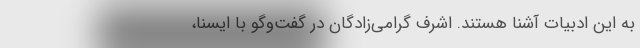
به این ادبیات آشنا هستند. اشرف گرامی‌زادگان در گفت‌وگو با ایسنا،